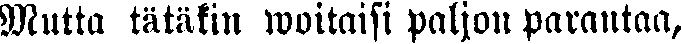
Mutta tätäkin woitaisi paljon parantaa,